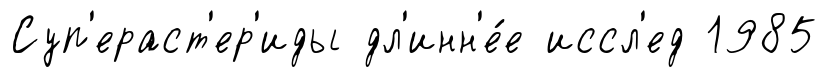
Суп'ераст'ер'иды дл'инн'е́е иссл'ед 1985